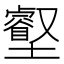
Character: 𡓝